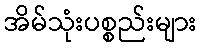
အိမ်သုံးပစ္စည်းများ